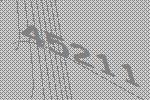
45211